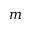
m